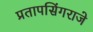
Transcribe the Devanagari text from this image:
प्रतापसिंगराजे